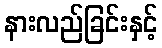
နားလည်ခြင်းနှင့်